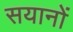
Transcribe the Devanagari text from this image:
सयानों